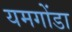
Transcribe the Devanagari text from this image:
यमगोंडा